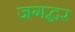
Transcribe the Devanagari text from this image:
जगद्घर